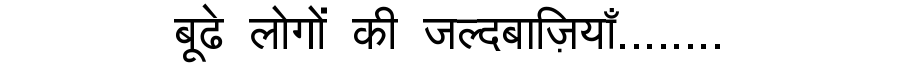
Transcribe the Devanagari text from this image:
बूढे लोगों की जल्दबाज़ियाँ........